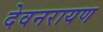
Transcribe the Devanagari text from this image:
देवनरायण